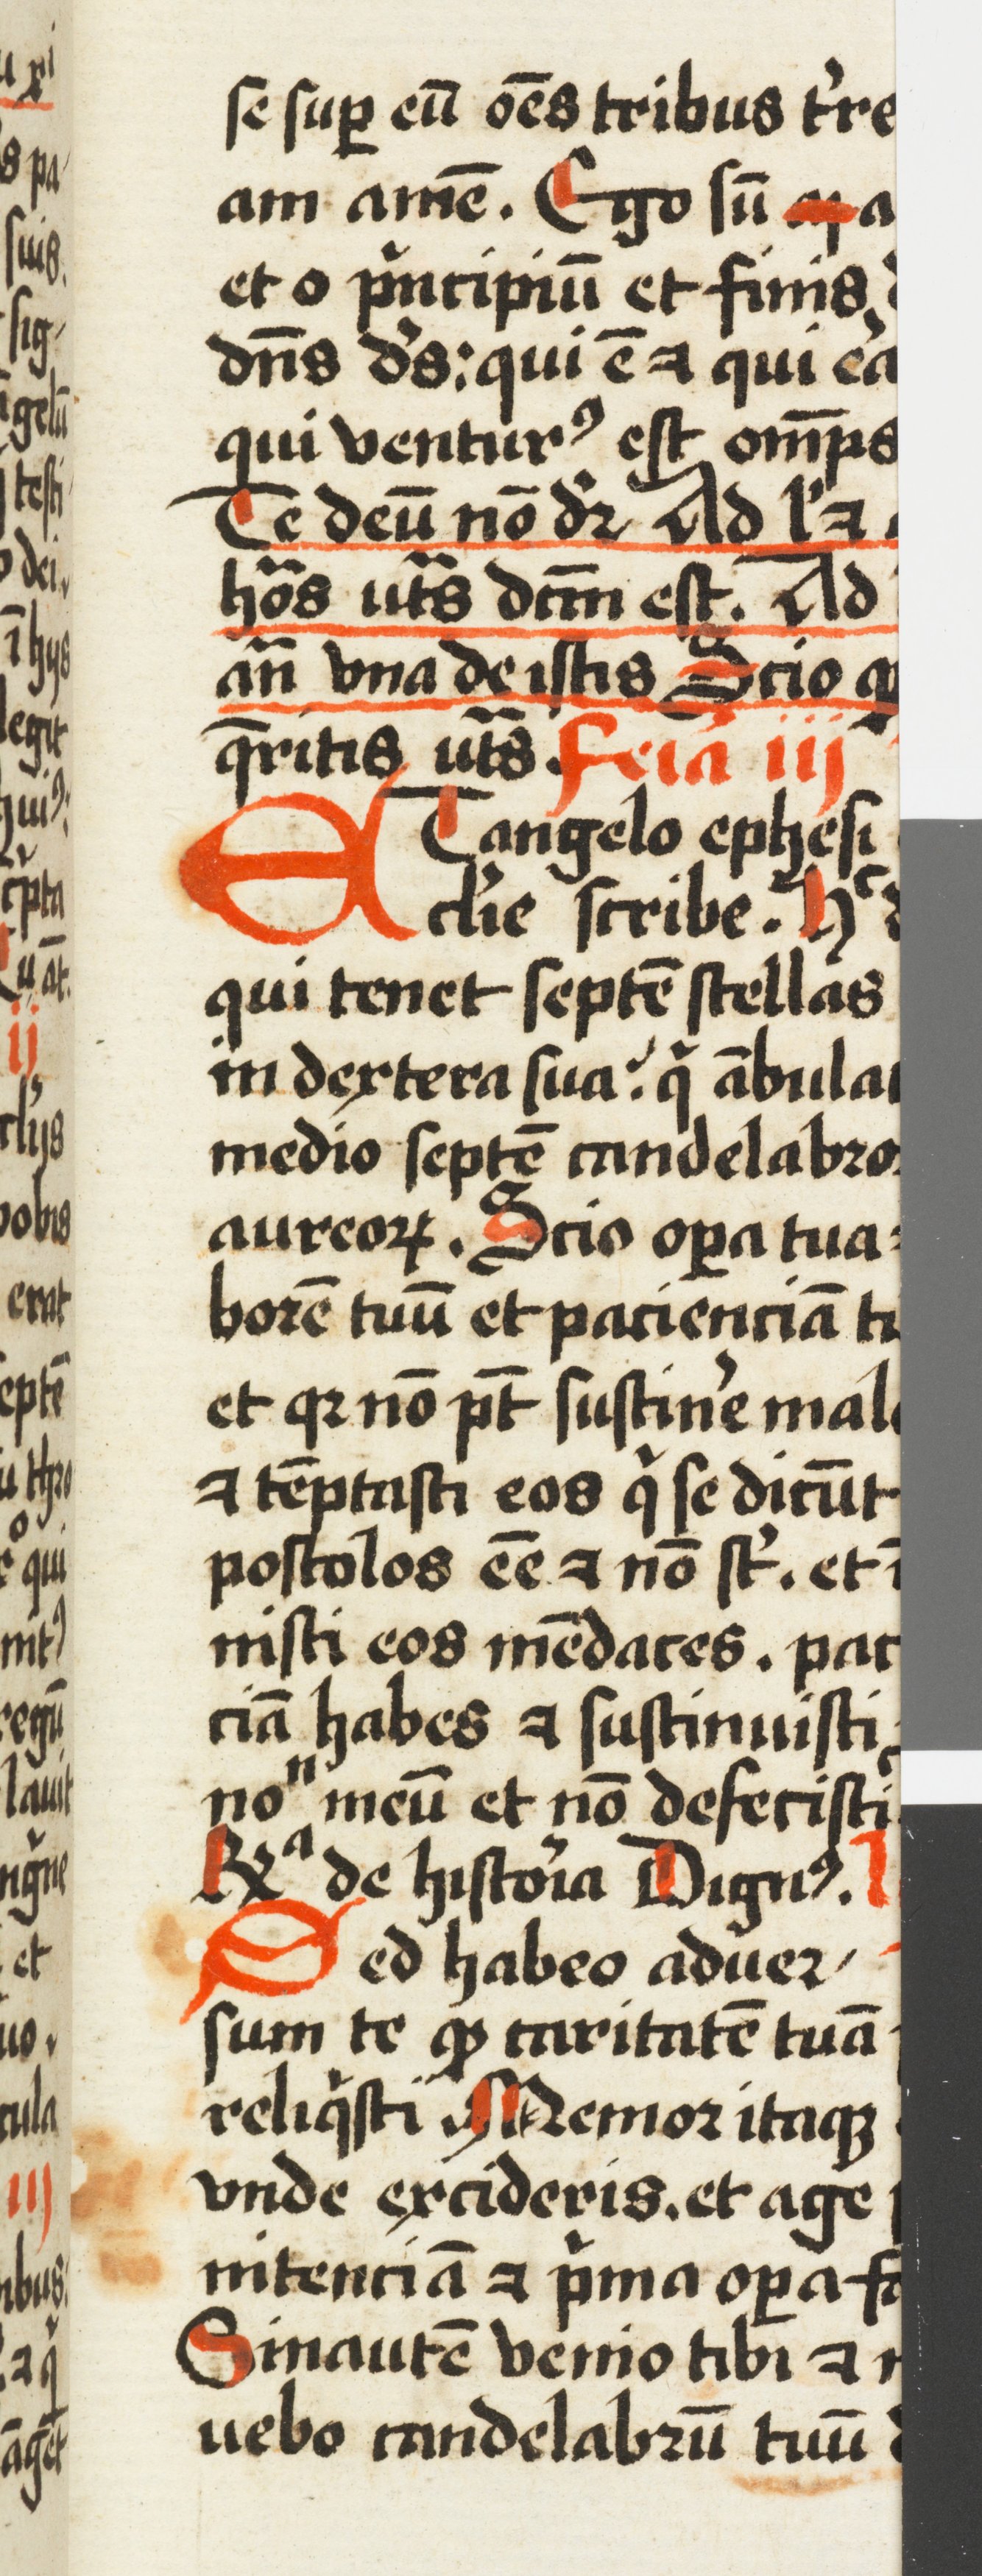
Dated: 1500–1524